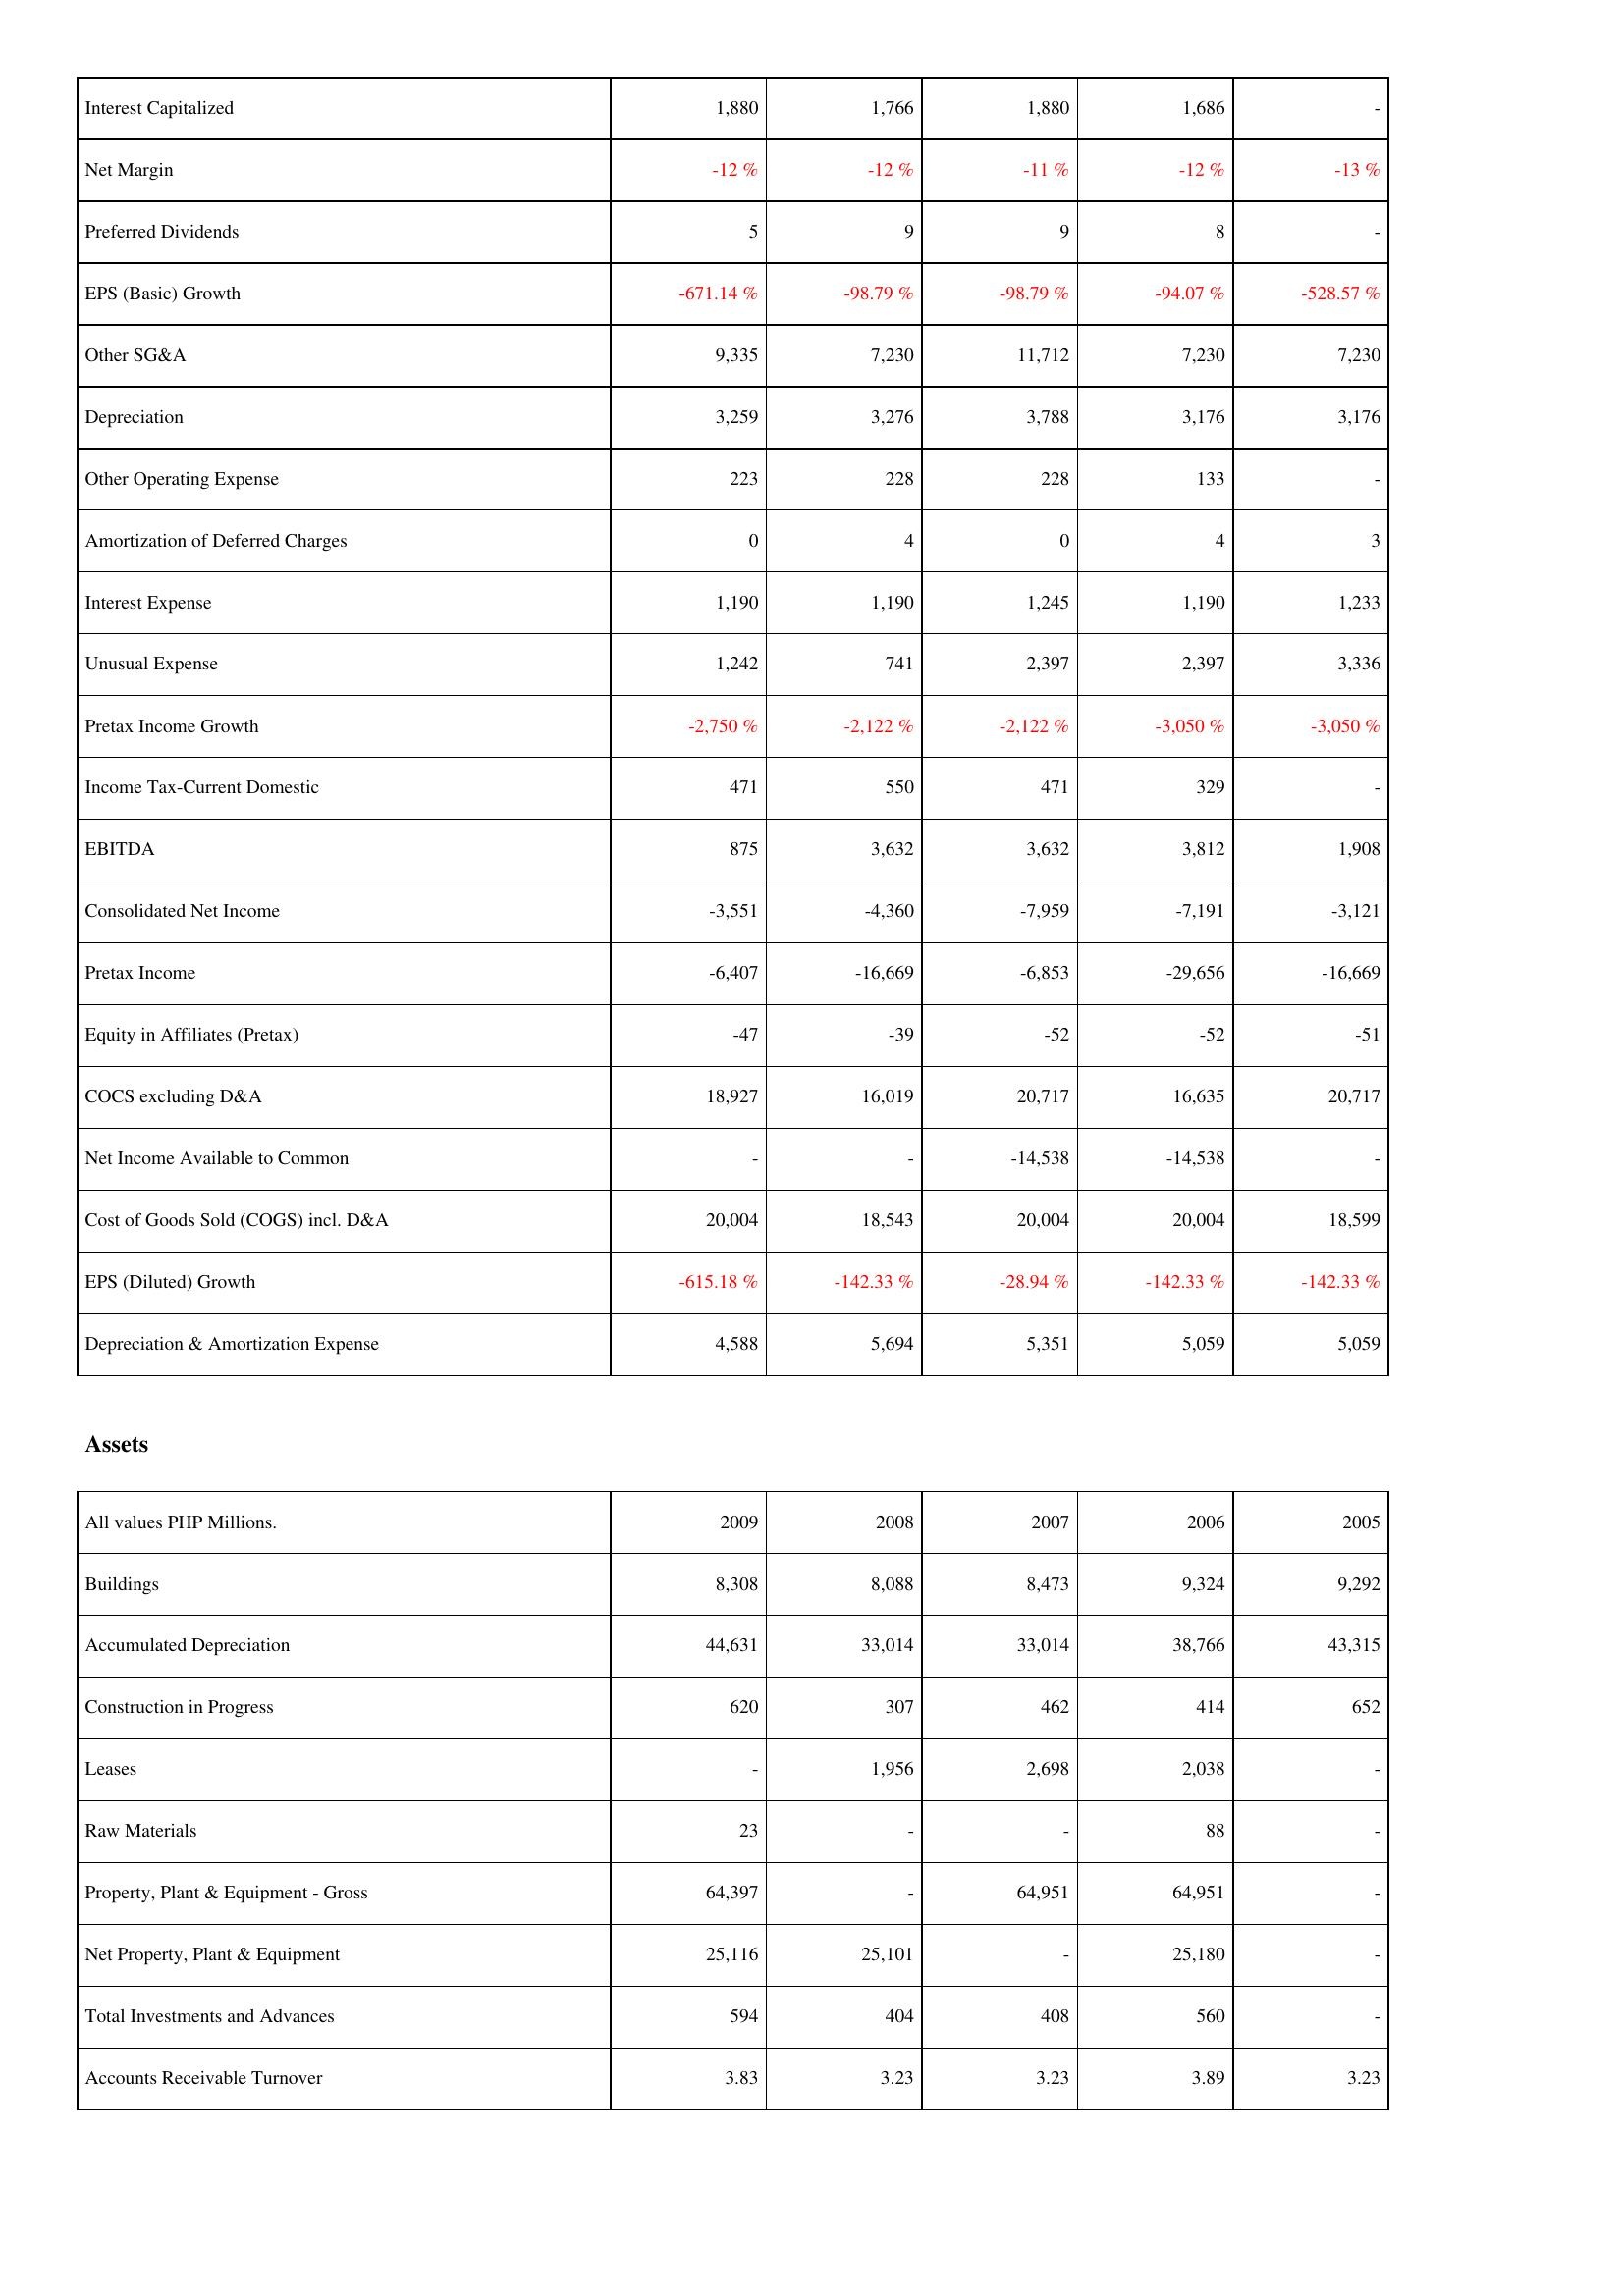
2009: Income Statement: Interest Capitalized: 1,880
Net Margin: -12 %
Preferred Dividends: 5
EPS (Basic) Growth: -671.14 %
Other SG&A: 9,335
Depreciation: 3,259
Other Operating Expense: 223
Amortization of Deferred Charges: 0
Interest Expense: 1,190
Unusual Expense: 1,242
Pretax Income Growth: -2,750 %
Income Tax-Current Domestic: 471
EBITDA: 875
Consolidated Net Income: -3,551
Pretax Income: -6,407
Equity in Affiliates (Pretax): -47
COCS excluding D&A: 18,927
Net Income Available to Common: -
Cost of Goods Sold (COGS) incl. D&A: 20,004
EPS (Diluted) Growth: -615.18 %
Depreciation & Amortization Expense: 4,588
Assets: Buildings: 8,308
Accumulated Depreciation: 44,631
Construction in Progress: 620
Leases: -
Raw Materials: 23
Property, Plant & Equipment - Gross: 64,397
Net Property, Plant & Equipment: 25,116
Total Investments and Advances: 594
Accounts Receivable Turnover: 3.83
2008: Income Statement: Interest Capitalized: 1,766
Net Margin: -12 %
Preferred Dividends: 9
EPS (Basic) Growth: -98.79 %
Other SG&A: 7,230
Depreciation: 3,276
Other Operating Expense: 228
Amortization of Deferred Charges: 4
Interest Expense: 1,190
Unusual Expense: 741
Pretax Income Growth: -2,122 %
Income Tax-Current Domestic: 550
EBITDA: 3,632
Consolidated Net Income: -4,360
Pretax Income: -16,669
Equity in Affiliates (Pretax): -39
COCS excluding D&A: 16,019
Net Income Available to Common: -
Cost of Goods Sold (COGS) incl. D&A: 18,543
EPS (Diluted) Growth: -142.33 %
Depreciation & Amortization Expense: 5,694
Assets: Buildings: 8,088
Accumulated Depreciation: 33,014
Construction in Progress: 307
Leases: 1,956
Raw Materials: -
Property, Plant & Equipment - Gross: -
Net Property, Plant & Equipment: 25,101
Total Investments and Advances: 404
Accounts Receivable Turnover: 3.23
2007: Income Statement: Interest Capitalized: 1,880
Net Margin: -11 %
Preferred Dividends: 9
EPS (Basic) Growth: -98.79 %
Other SG&A: 11,712
Depreciation: 3,788
Other Operating Expense: 228
Amortization of Deferred Charges: 0
Interest Expense: 1,245
Unusual Expense: 2,397
Pretax Income Growth: -2,122 %
Income Tax-Current Domestic: 471
EBITDA: 3,632
Consolidated Net Income: -7,959
Pretax Income: -6,853
Equity in Affiliates (Pretax): -52
COCS excluding D&A: 20,717
Net Income Available to Common: -14,538
Cost of Goods Sold (COGS) incl. D&A: 20,004
EPS (Diluted) Growth: -28.94 %
Depreciation & Amortization Expense: 5,351
Assets: Buildings: 8,473
Accumulated Depreciation: 33,014
Construction in Progress: 462
Leases: 2,698
Raw Materials: -
Property, Plant & Equipment - Gross: 64,951
Net Property, Plant & Equipment: -
Total Investments and Advances: 408
Accounts Receivable Turnover: 3.23
2006: Income Statement: Interest Capitalized: 1,686
Net Margin: -12 %
Preferred Dividends: 8
EPS (Basic) Growth: -94.07 %
Other SG&A: 7,230
Depreciation: 3,176
Other Operating Expense: 133
Amortization of Deferred Charges: 4
Interest Expense: 1,190
Unusual Expense: 2,397
Pretax Income Growth: -3,050 %
Income Tax-Current Domestic: 329
EBITDA: 3,812
Consolidated Net Income: -7,191
Pretax Income: -29,656
Equity in Affiliates (Pretax): -52
COCS excluding D&A: 16,635
Net Income Available to Common: -14,538
Cost of Goods Sold (COGS) incl. D&A: 20,004
EPS (Diluted) Growth: -142.33 %
Depreciation & Amortization Expense: 5,059
Assets: Buildings: 9,324
Accumulated Depreciation: 38,766
Construction in Progress: 414
Leases: 2,038
Raw Materials: 88
Property, Plant & Equipment - Gross: 64,951
Net Property, Plant & Equipment: 25,180
Total Investments and Advances: 560
Accounts Receivable Turnover: 3.89
2005: Income Statement: Interest Capitalized: -
Net Margin: -13 %
Preferred Dividends: -
EPS (Basic) Growth: -528.57 %
Other SG&A: 7,230
Depreciation: 3,176
Other Operating Expense: -
Amortization of Deferred Charges: 3
Interest Expense: 1,233
Unusual Expense: 3,336
Pretax Income Growth: -3,050 %
Income Tax-Current Domestic: -
EBITDA: 1,908
Consolidated Net Income: -3,121
Pretax Income: -16,669
Equity in Affiliates (Pretax): -51
COCS excluding D&A: 20,717
Net Income Available to Common: -
Cost of Goods Sold (COGS) incl. D&A: 18,599
EPS (Diluted) Growth: -142.33 %
Depreciation & Amortization Expense: 5,059
Assets: Buildings: 9,292
Accumulated Depreciation: 43,315
Construction in Progress: 652
Leases: -
Raw Materials: -
Property, Plant & Equipment - Gross: -
Net Property, Plant & Equipment: -
Total Investments and Advances: -
Accounts Receivable Turnover: 3.23